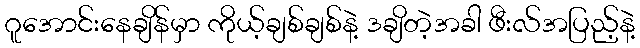
ဂူအောင်းနေချိန်မှာ ကိုယ့်ချစ်ချစ်နဲ့ ဒချိတဲ့အခါ ဖီးလ်အပြည့်နဲ့